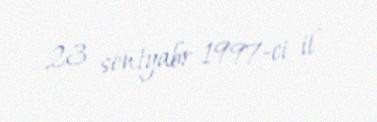
23 sentyabr 1997-ci il